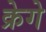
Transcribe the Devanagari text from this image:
क्रेगे